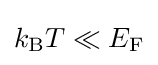
k_{\rm {B}}T\ll E_{\mathrm {F} }